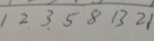
1 2 3 5 8 1 3 2 1